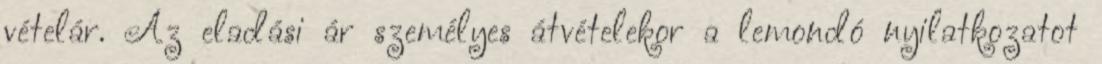
vételár. Az eladási ár személyes átvételekor a lemondó nyilatkozatot